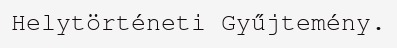
Helytörténeti Gyűjtemény.